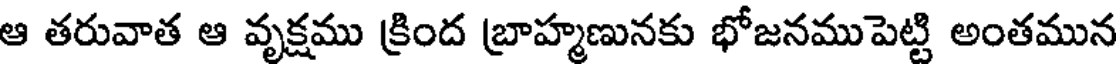
ఆ తరువాత ఆ వృక్షము క్రింద బ్రాహ్మణునకు భోజనముపెట్టి అంతమున